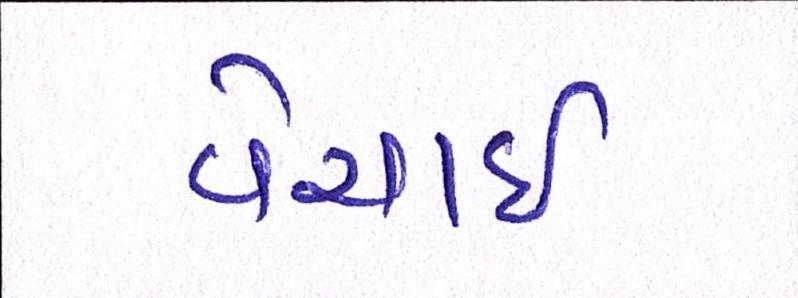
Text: વેચાઈ